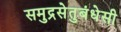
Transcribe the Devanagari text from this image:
समुद्रसेतुबंधेसी